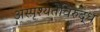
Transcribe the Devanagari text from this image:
अस्पृश्यतेविरुद्ध